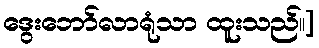
ဒွေးဘော်လာရုံသာ ထူးသည်၊၊]